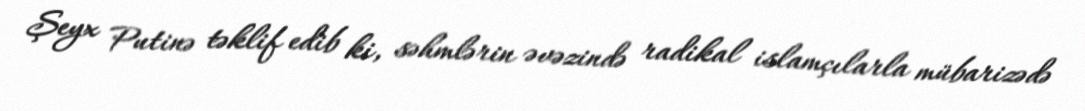
Şeyx Putinə təklif edib ki, səhmlərin əvəzində radikal islamçılarla mübarizədə